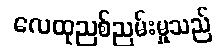
လေထုညစ်ညမ်းမှုသည်